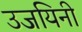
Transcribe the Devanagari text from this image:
उजयिनी